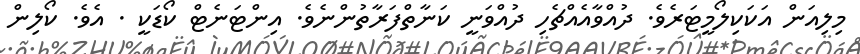
މިލިއަން އަކަކިލޯމީޓަރެވެ. ދުއްވާއެއްޗެހި ދުއްވަނީ ކަނާތްފަރާތުންނެވެ. އިންޓަނެޓް ކޯޑަކީ . އެވެ. ކޯލިން